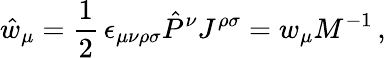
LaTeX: \hat{w}_{\mu}=\frac{1}{2}\, \epsilon_{\mu\nu\rho\sigma}\hat{P}^{\nu}J^{\rho\sigma}=w_{\mu}M^{-1}\, ,